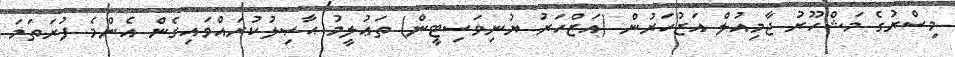
މިސްރުގެ މަޝްހޫރު ޖާމިއުލް އަޒުހަރުން (އަޒްހަރު ޔުނިވަސިޓީން) ތަޢުލީމު ޙާޞިލުކުރައްވައިގެން އެންމެ ފުރަތަމަ